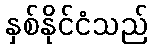
နှစ်နိုင်ငံသည်